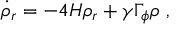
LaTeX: \dot { \rho } _ { r } = - 4 H \rho _ { r } + \gamma \Gamma _ { \phi } \rho ~ ,